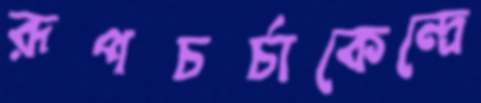
রূপচর্চাকেন্দ্রে